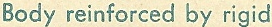
Body reinforced by rigid